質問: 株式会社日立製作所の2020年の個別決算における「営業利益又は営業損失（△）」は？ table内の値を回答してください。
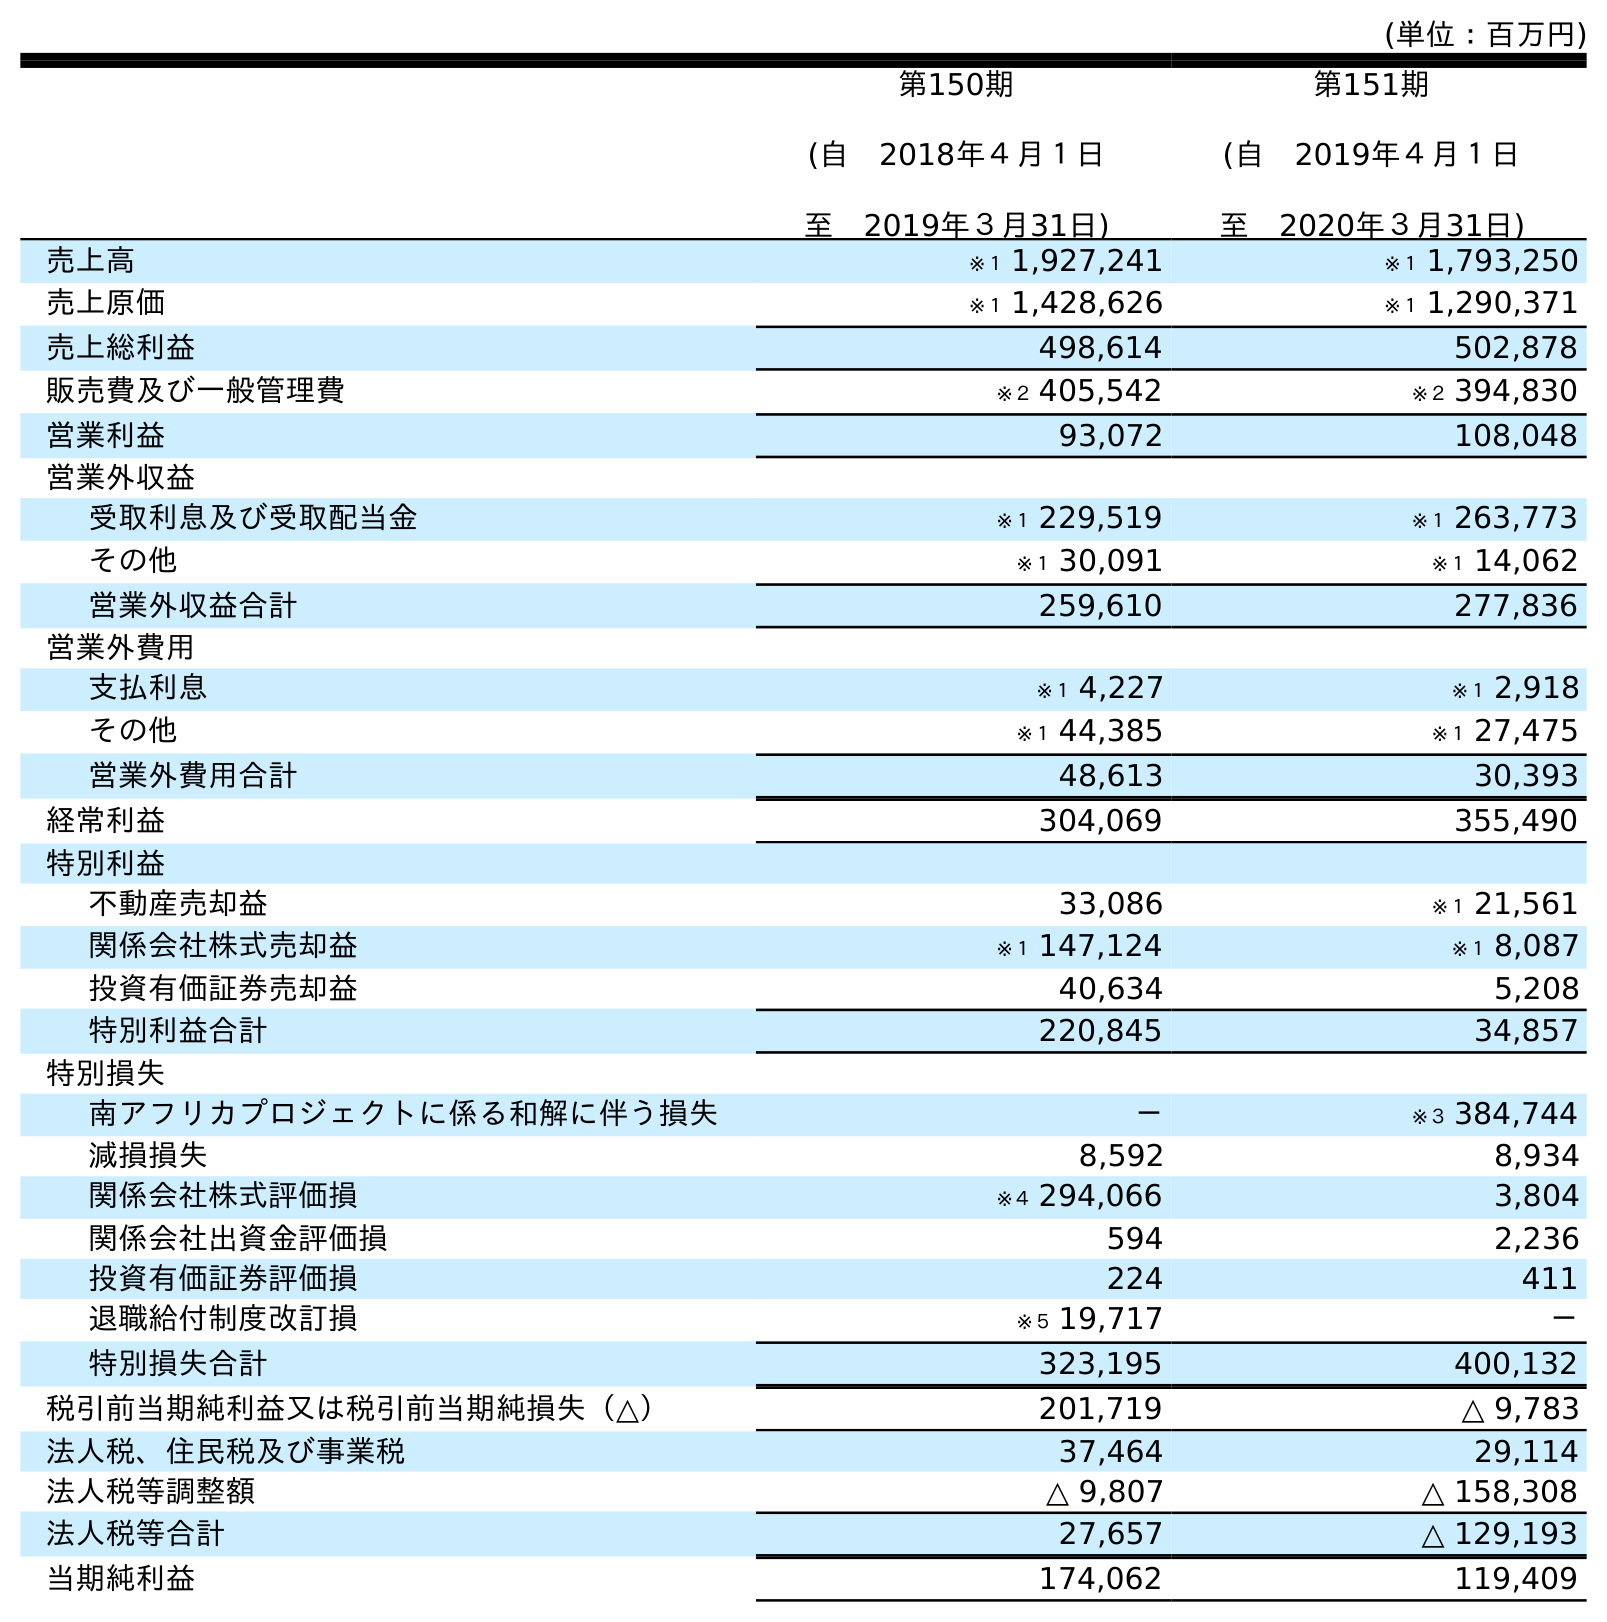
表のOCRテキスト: (単位：百万円) 第150期 (自 2018年４月１日 至 2019年３月31日) 第151期 (自 2019年４月１日 至 2020年３月31日) 売上高 ※１ 1,927,241 ※１ 1,793,250 売上原価 ※１ 1,428,626 ※１ 1,290,371 売上総利益 498,614 502,878 販売費及び一般管理費 ※２ 405,542 ※２ 394,830 営業利益 93,072 108,048 営業外収益 受取利息及び受取配当金 ※１ 229,519 ※１ 263,773 その他 ※１ 30,091 ※１ 14,062 営業外収益合計 259,610 277,836 営業外費用 支払利息 ※１ 4,227 ※１ 2,918 その他 ※１ 44,385 ※１ 27,475 営業外費用合計 48,613 30,393 経常利益 304,069 355,490 特別利益 不動産売却益 33,086 ※１ 21,561 関係会社株式売却益 ※１ 147,124 ※１ 8,087 投資有価証券売却益 40,634 5,208 特別利益合計 220,845 34,857 特別損失 南アフリカプロジェクトに係る和解に伴う損失 － ※３ 384,744 減損損失 8,592 8,934 関係会社株式評価損 ※４ 294,066 3,804 関係会社出資金評価損 594 2,236 投資有価証券評価損 224 411 退職給付制度改訂損 ※５ 19,717 － 特別損失合計 323,195 400,132 税引前当期純利益又は税引前当期純損失（△） 201,719 △ 9,783 法人税、住民税及び事業税 37,464 29,114 法人税等調整額 △ 9,807 △ 158,308 法人税等合計 27,657 △ 129,193 当期純利益 174,062 119,409
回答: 108,048